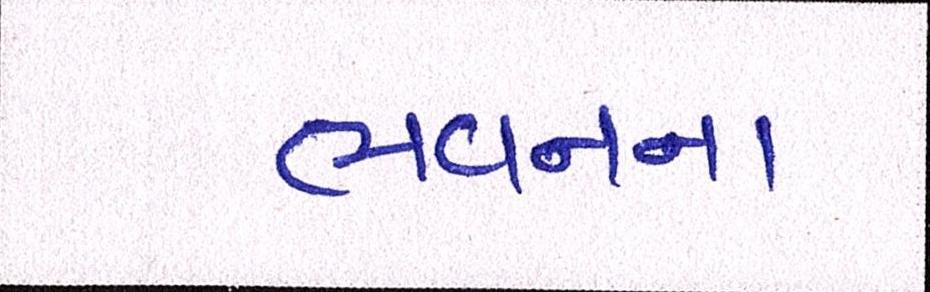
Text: ભવનના